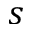
s